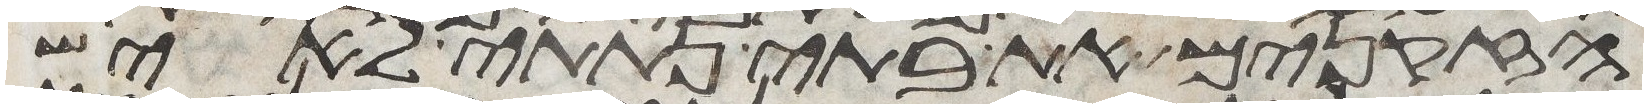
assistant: הזקנים את בתי נתתי לאיש